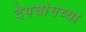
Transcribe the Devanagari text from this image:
देपसांगच्या